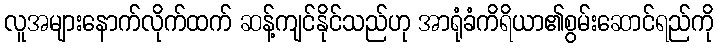
လူအများနောက်လိုက်ထက် ဆန့်ကျင်နိုင်သည်ဟု အာရုံခံကိရိယာ၏စွမ်းဆောင်ရည်ကို